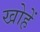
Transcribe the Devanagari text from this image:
खोहें